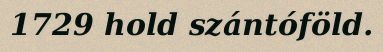
1729 hold szántóföld.